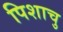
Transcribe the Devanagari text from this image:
पिशाचु